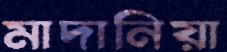
মাদানিয়া